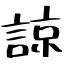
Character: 諒